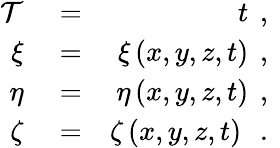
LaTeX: \begin{array}{rlr}{\mathcal{T}}&{{}=}&{t\, \mathrm{~,~}}\\ {\xi}&{{}=}&{\xi\left(x,y,z,t\right)\, \mathrm{~,~}}\\ {\eta}&{{}=}&{\eta\left(x,y,z,t\right)\, \mathrm{~,~}}\\ {\zeta}&{{}=}&{\zeta\left(x,y,z,t\right)\ \, \mathrm{~.~}}\end{array}